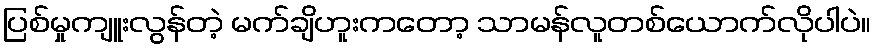
ပြစ်မှုကျူးလွန်တဲ့ မက်ချိဟူးကတော့ သာမန်လူတစ်ယောက်လိုပါပဲ။